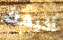
أخيفك